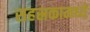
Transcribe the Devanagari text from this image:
सहस्रकामध्ये